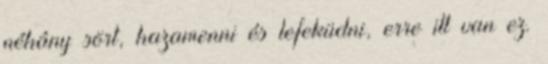
néhány sört, hazamenni és lefeküdni, erre itt van ez.